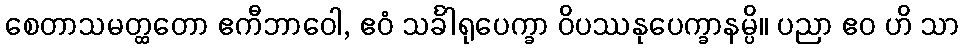
စေတာသမတ္ထတော ဧကီဘာဝေါ, ဧဝံ သင်္ခါရုပေက္ခာ ဝိပဿနုပေက္ခာနမ္ပိ။ ပညာ ဧဝ ဟိ သာ